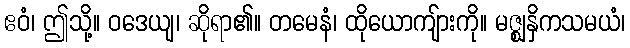
ဧဝံ၊ ဤသို့။ ဝဒေယျ၊ ဆိုရာ၏။ တမေနံ၊ ထိုယောကျ်ားကို။ မဇ္ဈနှိကသမယံ၊